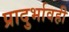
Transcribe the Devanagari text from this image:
प्रादुर्भावही